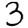
Digit: 3